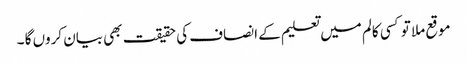
موقع ملا تو کسی کالم میں تعلیم کے انصاف کی حقیقت بھی بیان کروں گا ۔